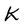
Character: K